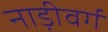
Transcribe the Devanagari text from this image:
नाड़ीवर्ग